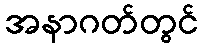
အနာဂတ်တွင်